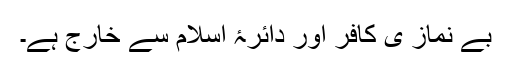
بے نماز ی کافر اور دائرۂ اسلام سے خارج ہے۔